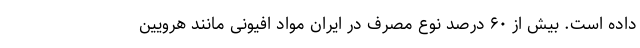
داده است. بیش از ۶۰ درصد نوع مصرف در ایران مواد افیونی مانند هرویین